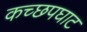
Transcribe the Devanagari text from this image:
कच्छपघाट